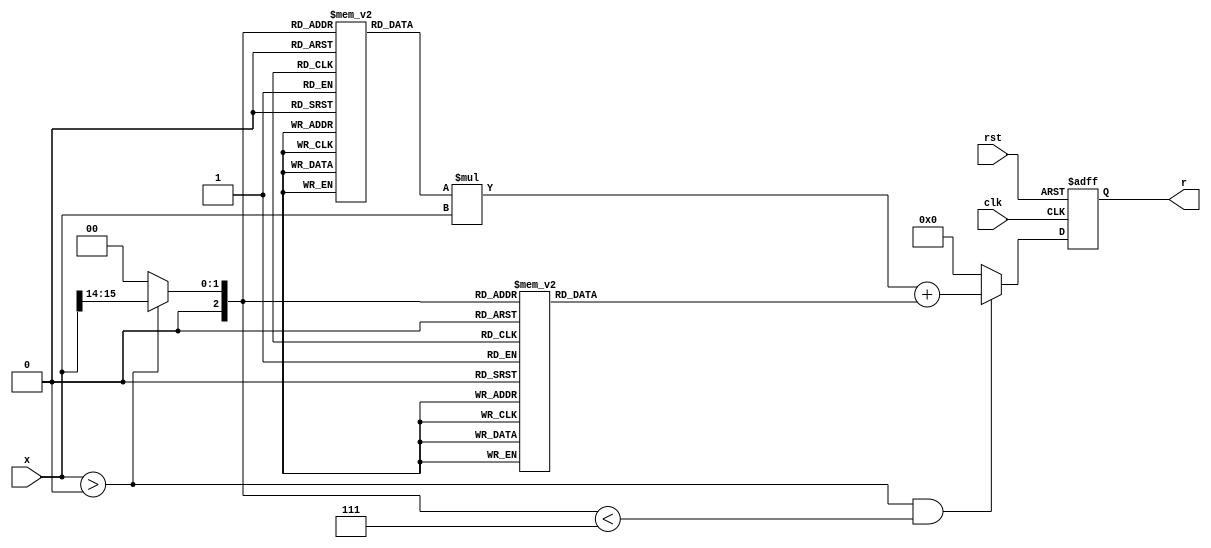
module pla_reciprocal #(
    parameter N = 16,    // Input width
    parameter M = 16,    // Output width
    parameter NUM_SEGMENTS = 8 // Number of segments for approximation
)(
    input  wire [N-1:0] x,   // Input value
    output reg  [M-1:0] r,    // Output reciprocal
    input  wire clk,          // Clock
    input  wire rst           // Reset
);

    // Pre-computed coefficients for linear segments
    // These values should be calculated based on the desired approximation
    reg [M-1:0] slope [0:NUM_SEGMENTS-1];
    reg [M-1:0] intercept [0:NUM_SEGMENTS-1];
    
    // Normalized input
    wire [N-1:0] normalized_x;
    assign normalized_x = x; // Assuming the input is already normalized for this example
    
    // Segment selection logic
    reg [$clog2(NUM_SEGMENTS)-1:0] segment_index;
    always @* begin
        if (normalized_x > 0) begin
            // Simple segment selection based on the input value
            segment_index = normalized_x[N-1:N-$clog2(NUM_SEGMENTS)] >> ($clog2(N/NUM_SEGMENTS));
        end else begin
            segment_index = 0; // Default index to avoid invalid access (for x=0 case)
        end
    end

    // Output computation
    always @(posedge clk or posedge rst) begin
        if (rst) begin
            r <= 0;
        end else begin
            // Linear interpolation formula
            if (normalized_x > 0 && segment_index < NUM_SEGMENTS-1) begin
                // Perform linear interpolation
                r <= slope[segment_index] * normalized_x + intercept[segment_index];
            end else begin
                r <= {M{1'b0}}; // Output 0 for invalid input
            end
        end
    end
    
    initial begin
        // Initialize the slopes and intercepts for each segment
        // These values need to be calculated based on the piecewise linear approximation
        // Example values, these should be computed based on your approximation method
        slope[0] = 16'hFFFF; // Replace with actual slope values
        intercept[0] = 16'h0000; // Replace with actual intercept values
        slope[1] = 16'h7FFF; // ...
        intercept[1] = 16'h0001; // ...
        // Continue for all segments...
    end

endmodule